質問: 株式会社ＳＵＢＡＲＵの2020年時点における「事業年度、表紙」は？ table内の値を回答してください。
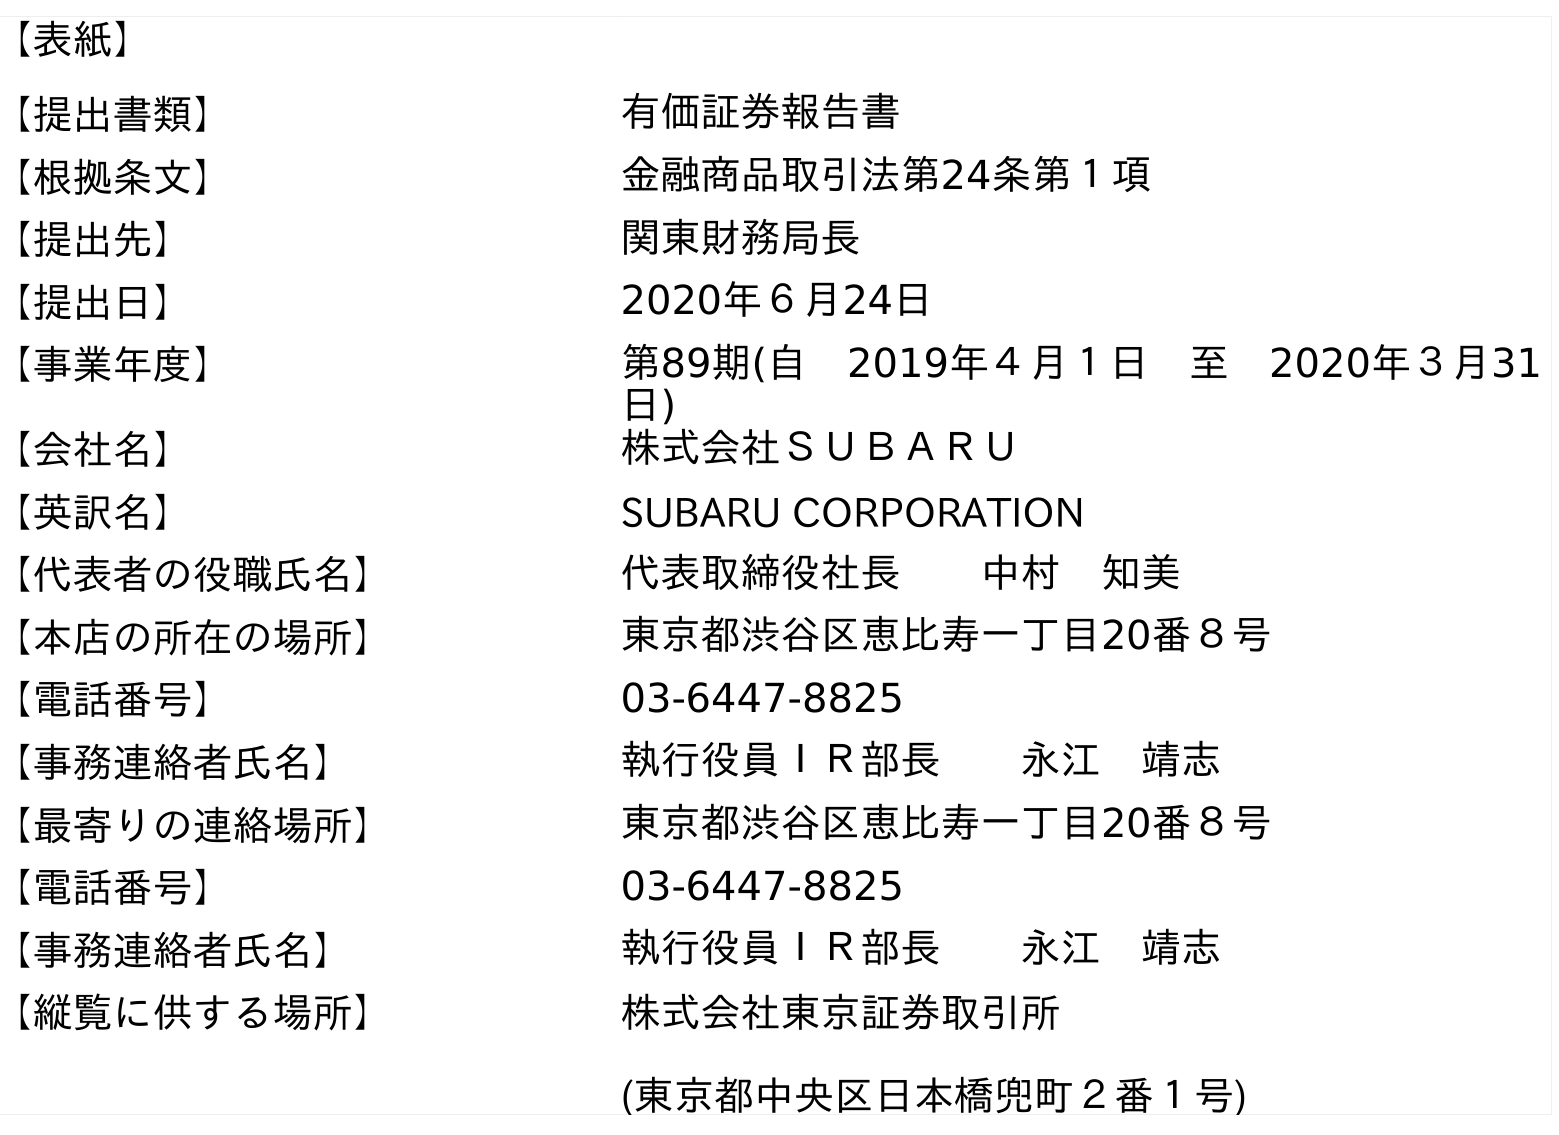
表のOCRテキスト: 【表紙】 【提出書類】 有価証券報告書 【根拠条文】 金融商品取引法第24条第１項 【提出先】 関東財務局長 【提出日】 2020年６月24日 【事業年度】 第89期(自 2019年４月１日 至 2020年３月31 日) 【会社名】 株式会社ＳＵＢＡＲＵ 【英訳名】 SUBARU CORPORATION 【代表者の役職氏名】 代表取締役社長  中村 知美 【本店の所在の場所】 東京都渋谷区恵比寿一丁目20番８号 【電話番号】 03-6447-8825 【事務連絡者氏名】 執行役員ＩＲ部長  永江 靖志 【最寄りの連絡場所】 東京都渋谷区恵比寿一丁目20番８号 【電話番号】 03-6447-8825 【事務連絡者氏名】 執行役員ＩＲ部長  永江 靖志 【縦覧に供する場所】 株式会社東京証券取引所 (東京都中央区日本橋兜町２番１号)
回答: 第89期(自　2019年４月１日　至　2020年３月31日)